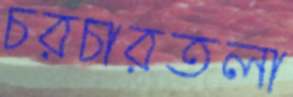
চরচারতলা